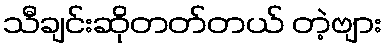
သီချင်းဆိုတတ်တယ် တဲ့ဗျား